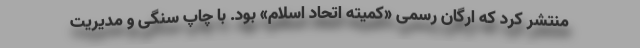
منتشر کرد که ارگان رسمی «کمیته اتحاد اسلام» بود. با چاپ سنگی و مدیریت